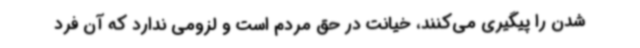
شدن را پیگیری می‌کنند، خیانت در حق مردم است و لزومی ندارد که آن فرد